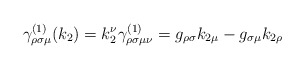
\begin{align*}\gamma _{\rho \sigma \mu }^{(1)}(k_2)=k_2^\nu \gamma _{\rho \sigma \mu \nu}^{(1)}=g_{\rho \sigma }k_{2\mu }-g_{\sigma \mu }k_{2\rho }\end{align*}